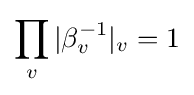
\prod _{v}|\beta _{v}^{-1}|_{v}=1